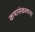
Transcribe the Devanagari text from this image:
कथासंकल्पना